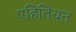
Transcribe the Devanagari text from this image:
एहितियत